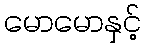
မောမောနှင့်